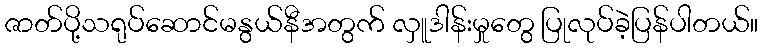
ဇာတ်ပို့သရုပ်ဆောင်မနွယ်နီအတွက် လှူဒါန်းမှုတွေ ပြုလုပ်ခဲ့ပြန်ပါတယ်။